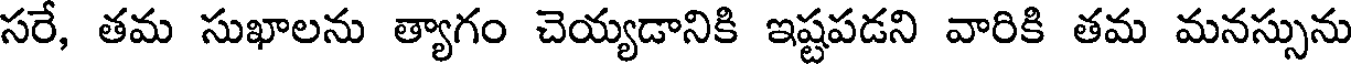
సరే, తమ సుఖాలను త్యాగం చెయ్యడానికి ఇష్టపడని వారికి తమ మనస్సును